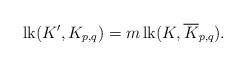
LaTeX: \begin{align*}\mathrm{lk}(K', K_{p,q}) = m\, \mathrm{lk}(K, \overline{K}_{p,q}).\end{align*}